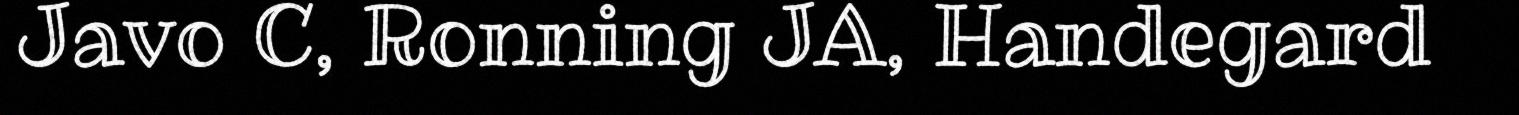
Javo C, Ronning JA, Handegard